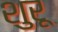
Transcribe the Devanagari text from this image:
शुरू